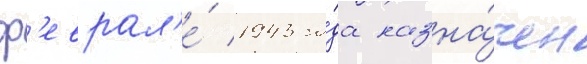
ф'еврал'е́ 1943 го́да назна́чен